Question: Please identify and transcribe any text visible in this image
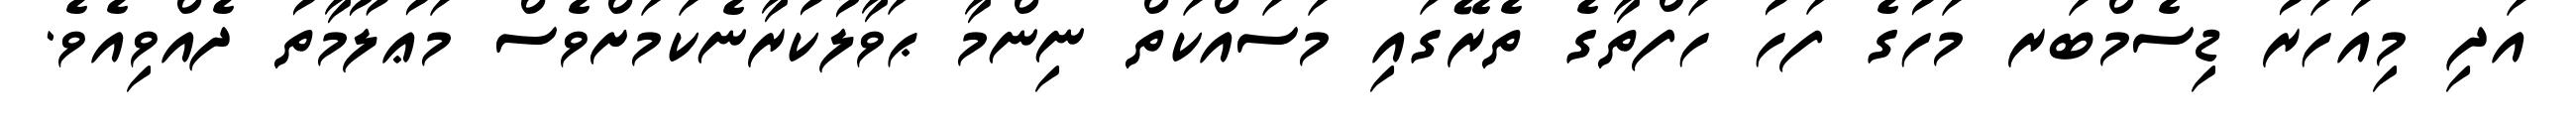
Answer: އަދި މިއަހަރު ޑިސެމްބަރ މަހުގެ ފަހު ހަފްތާގެ ތެރޭގައި މަސައްކަތް ނިންމާ ޙަވާލުކުރާނެކަމަށްވެސް މަޢުލޫމާތު ދެއްވިއެވެ.